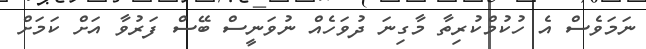
ނަމަވެސް އެ ހުކުމްކުރިތާ މާގިނަ ދުވަހެއް ނުވަނީސް ބޭސް ފަރުވާ އަށް ކަމަށް